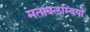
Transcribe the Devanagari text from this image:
मताबलम्बियों